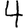
Digit: 4